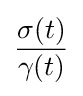
{\frac {\sigma (t)}{\gamma (t)}}